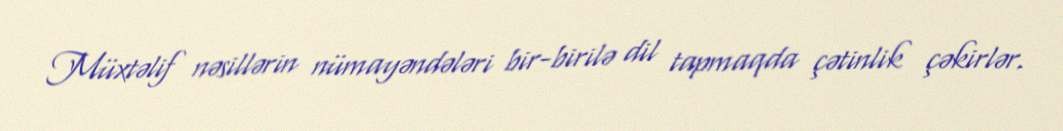
Müxtəlif nəsillərin nümayəndələri bir-birilə dil tapmaqda çətinlik çəkirlər.